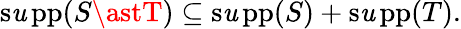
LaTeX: \operatorname{s\mathit{u}pp}(S\astT)\subseteq\operatorname{s\mathit{u}pp}(S)+\operatorname{s\mathit{u}pp}(T).